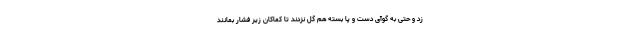
زد و حتی به گوآی دست و پا بسته هم گل نزدند تا کماکان زیر فشار بمانند